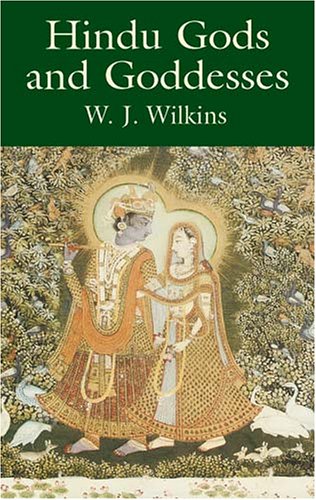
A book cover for Hindu Gods and Goddesses; W. J. Wilkins; Religion & Spirituality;